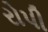
રોપી